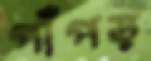
পাঁপড়